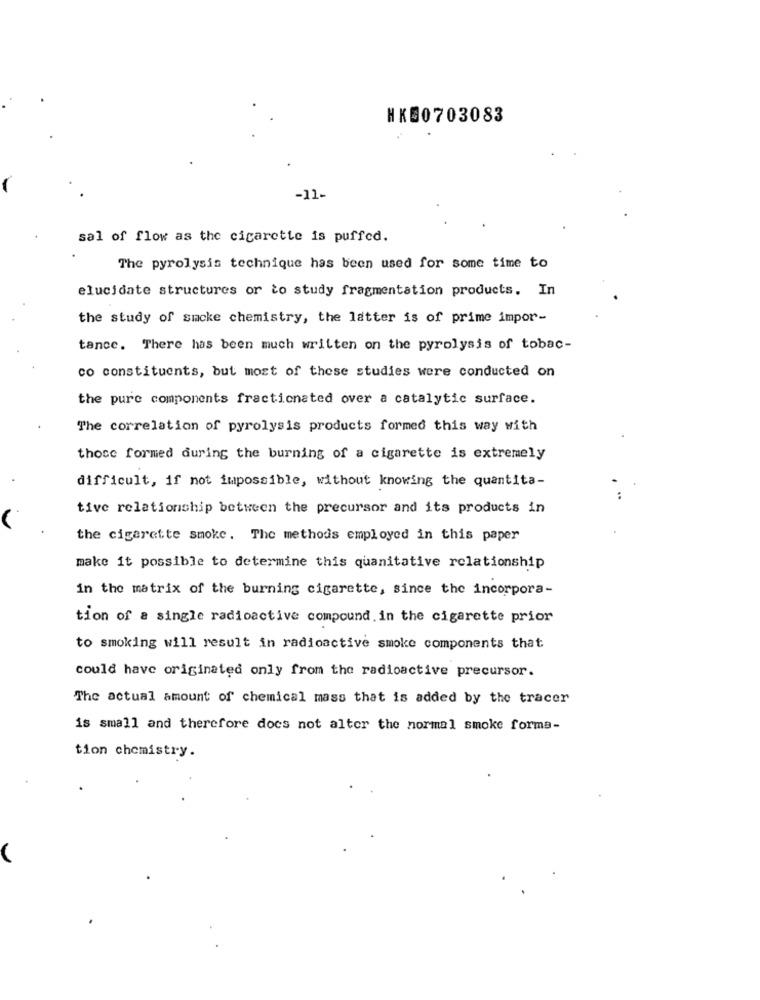
HK50703083
-11-
sal of flow as the cigarette is puffed.
The pyrolysis technique has been used for some time to
elucidate structures or to study fragmentation products. In
the study of smoke chemistry, the latter is of prime impor-
tance. There has been much written on the pyrolysis of tobac-
co constituents, but most of these studies were conducted on
the pure components fractionated over a catalytic surface.
The correlation of pyrolysis products formed this way with
those formed during the burning of a cigarette is extremely
difficult, if not impossible, without knowing the quantita-
tive relationship between the precursor and its products in
the cigarette smoke. The methods employed in this paper
make it possible to determine this quanitative relationship
in the matrix of the burning cigarette, since the incorpora-
tion of a single radioactive compound. in the cigarette prior
to smoking will result in radioactive smoke components that
could have originated only from the radioactive precursor.
The actual amount of chemical mass that is added by the tracer
is small and therefore does not alter the normal smoke forma-
tion chemistry.